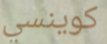
كوينسي